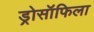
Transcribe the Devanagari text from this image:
ड्रोसॉफिला